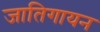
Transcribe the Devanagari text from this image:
जातिगायन